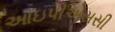
આઇપીએસસી